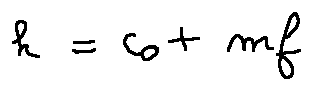
h = c _ { 0 } + m f